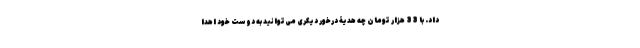
داد. با 33 هزار تومان چه هدیۀ درخور دیگری می‌توانید به دوست خود اهدا